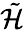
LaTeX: \tilde{\cal H}